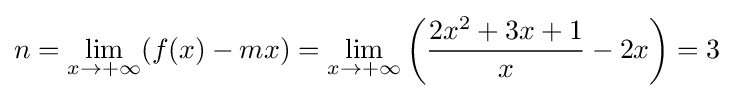
n=\lim _{x\rightarrow +\infty }(f(x)-mx)=\lim _{x\rightarrow +\infty }\left({\frac {2x^{2}+3x+1}{x}}-2x\right)=3